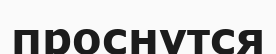
проснутся